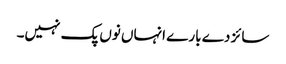
سائز دے بارے انہاں نوں پک نہیں۔